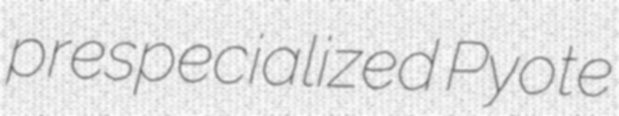
prespecialized Pyote